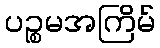
ပဉ္စမအကြိမ်